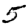
Digit: 5